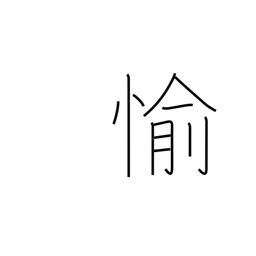
Meaning: happy